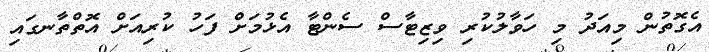
އެގޮތުން މިއަދު މި ހަވާލުކުރި ވިޒިޓާސް ސެންޓާ އެޅުމަށް ފަހު ކުރިއަށް އޮތްތާނގައި